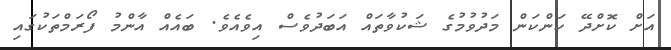
އަށް ކޮށްދޭ ކަންކަން މަދުވުމުގެ ޝަކުވާތައް އަބަދުވެސް އިވެއެވެ. ބައެއް އާންމު ފޯރަމްތަކުގައި